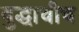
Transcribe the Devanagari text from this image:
बुद्धाचीच